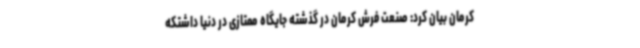
کرمان بیان کرد: صنعت فرش کرمان در گذشته جایگاه ممتازی در دنیا داشتکه